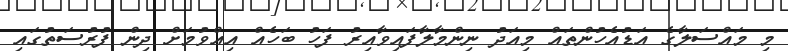
މި މައްސަލާގެ އަޑުއެހުންތައް މިއަދު ނިންމާލާފައިވާއިރު ފަހު ބަހެއް އިއްވުމަށް ދިން ފުރުސަތުގައި